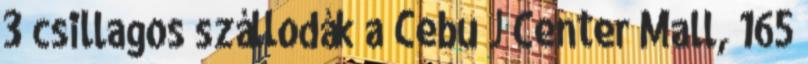
3 csillagos szállodák a Cebu J Center Mall, 165